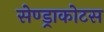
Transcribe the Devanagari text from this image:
सेण्ड्राकोटस